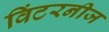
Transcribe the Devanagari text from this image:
विंटरनीज